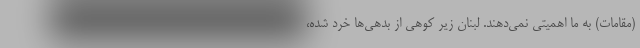
(مقامات) به ما اهمیتی نمی‌دهند. لبنان زیر کوهی از بدهی‌ها خرد شده،